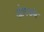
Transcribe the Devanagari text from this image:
आंबडणे